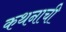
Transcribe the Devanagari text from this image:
कथनाची